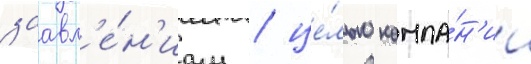
заавл'е́н'иам / це́лью компа́н'ии